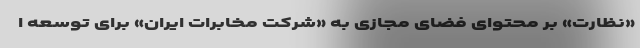
«نظارت» بر محتوای فضای مجازی به «شرکت مخابرات ایران» برای توسعه ا